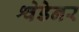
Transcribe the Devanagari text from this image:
श्वेडेनर